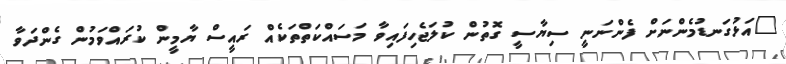
"އަޅުގަނޑުމެންނަށް ފެންނަނީ ސިޔާސީ ގޮތުން ކުލަޖެހިފައިވާ މަސައްކަތްތަކެއް ރައީސް ޔާމީން ކުރައްވަމުން ގެންދަވާ